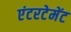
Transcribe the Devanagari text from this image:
एंटरटेमेंट